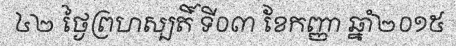
៤២ ថ្ងៃព្រហស្បតិ៍ ទី០៣ ខែកញ្ញា ឆ្នាំ២០១៥